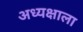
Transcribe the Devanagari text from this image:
अध्यक्षाला